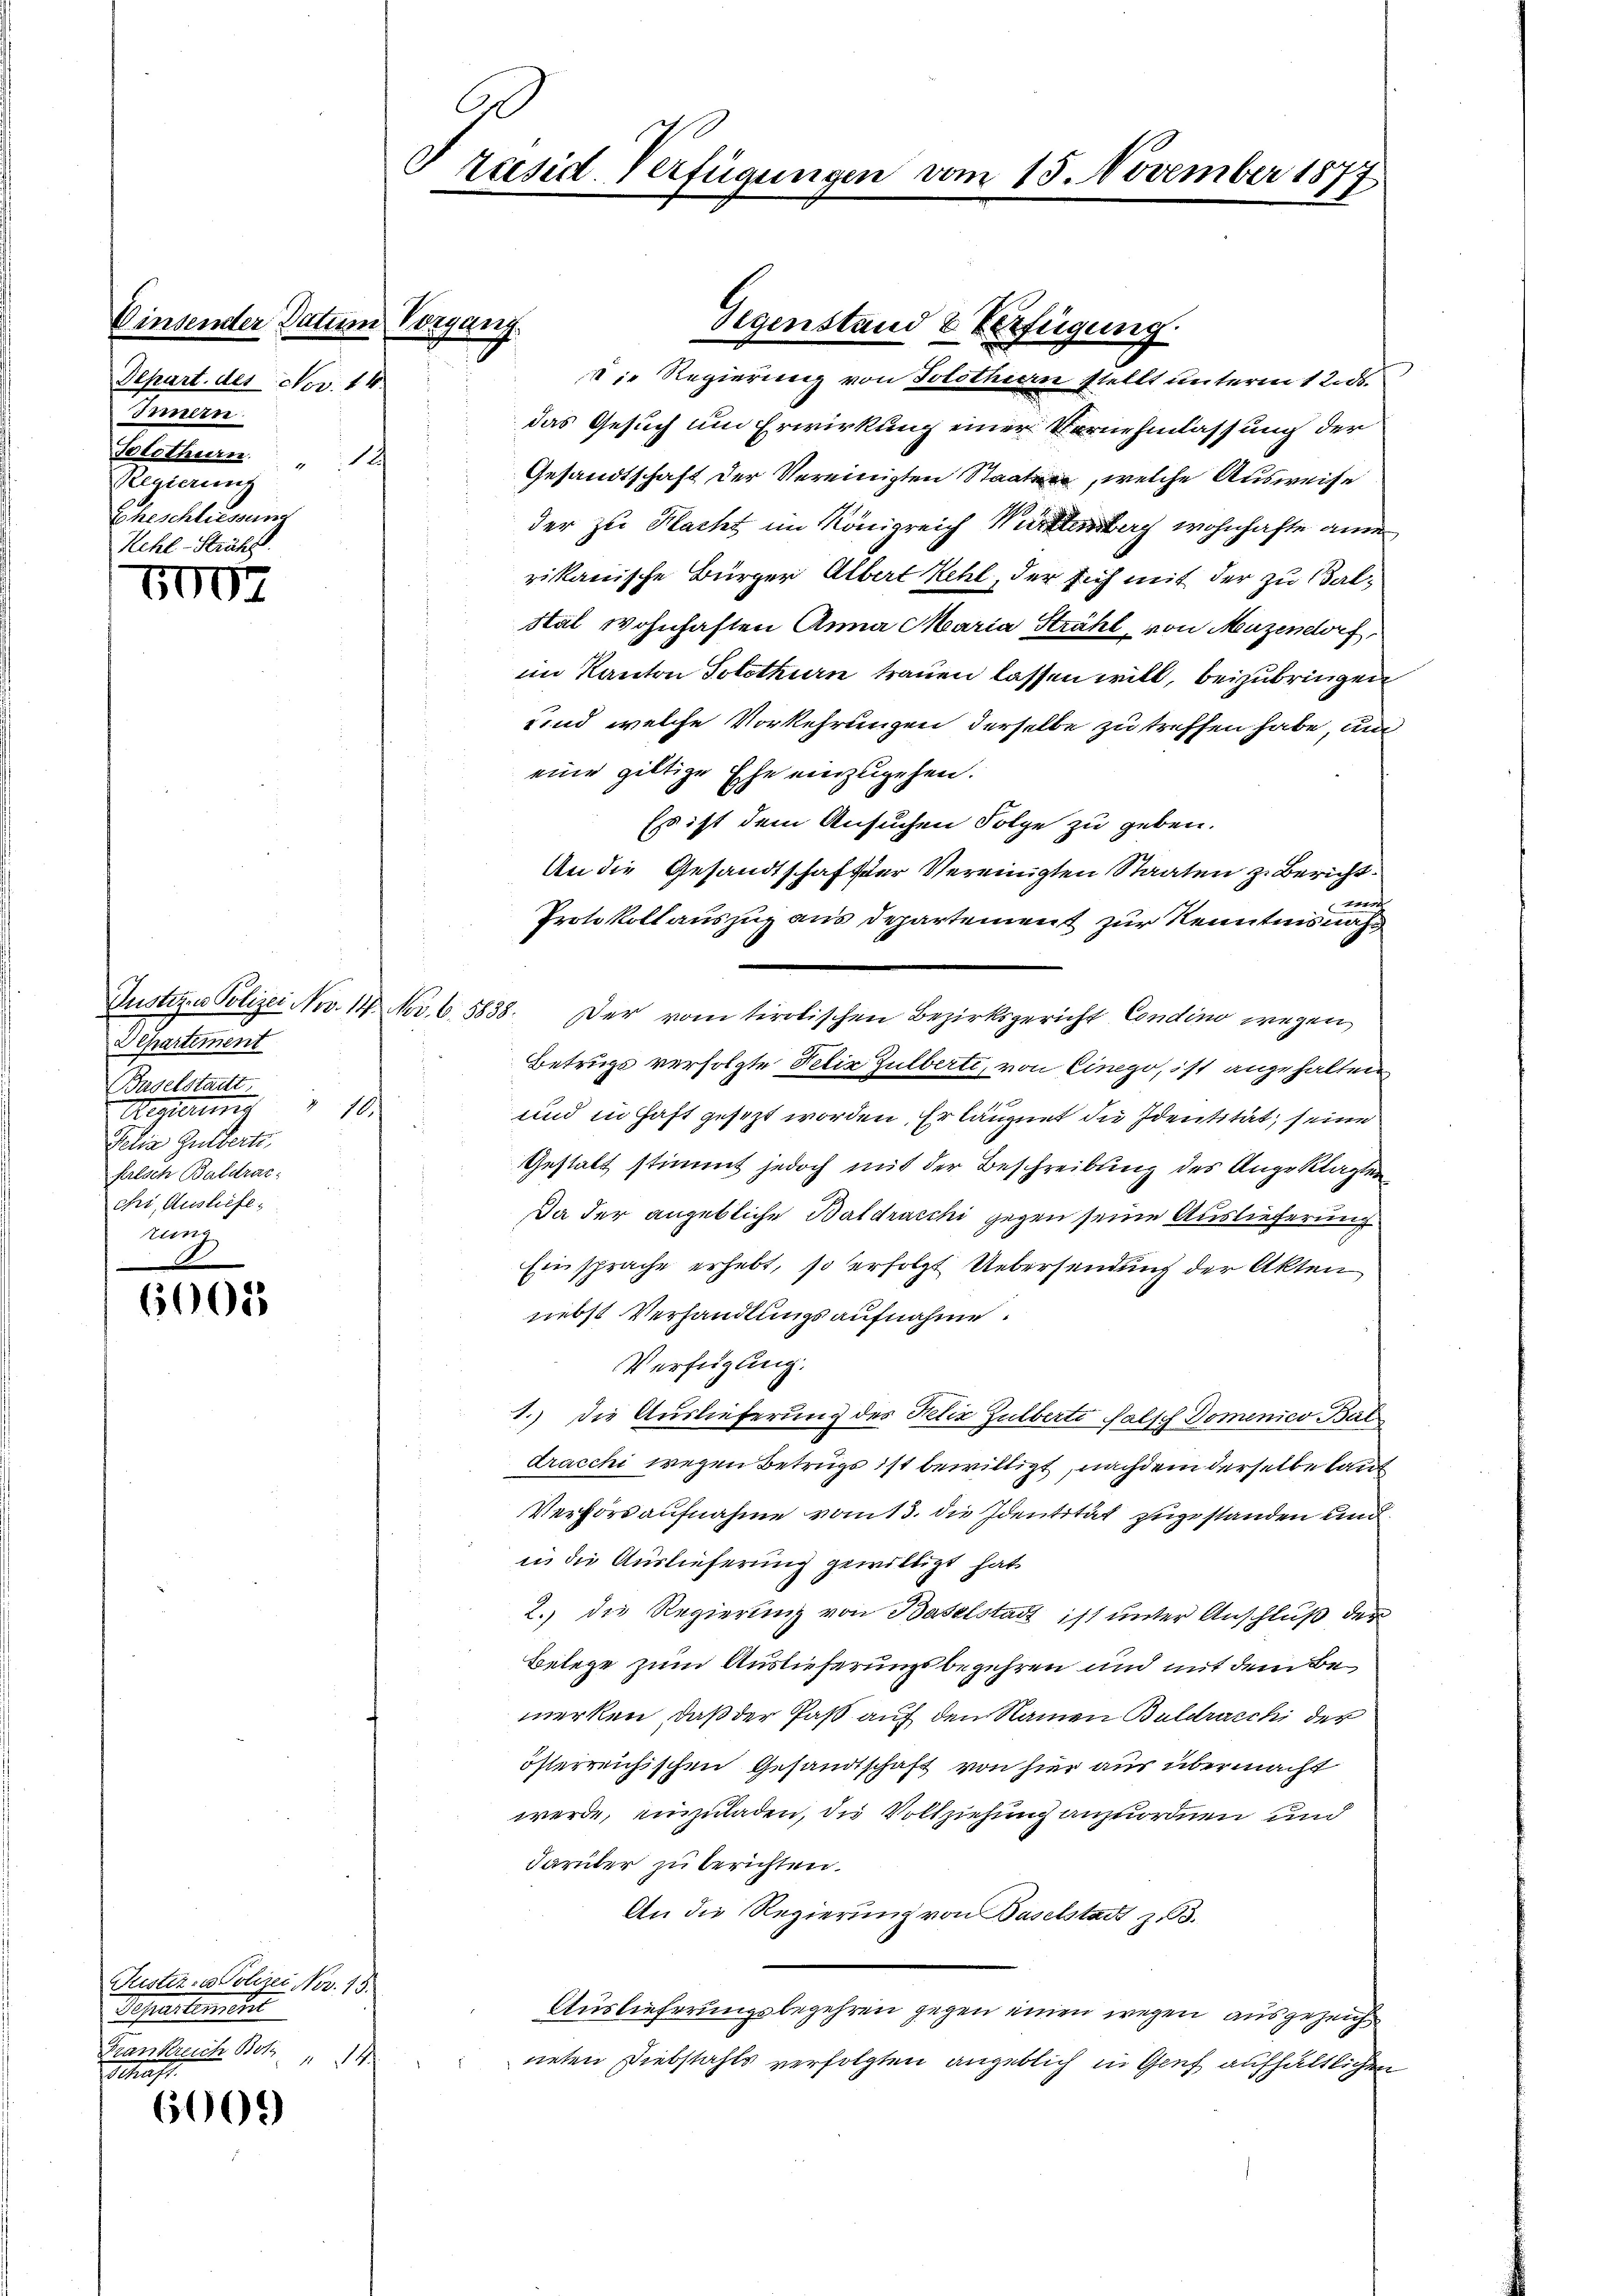
Einsender Datum Vorgang.
Depart. des Nov. 14.
Innern.
Solothurn.
Se
Regierung
Eheschliessung

5002

Departement
Baselstadt
1 11
Origierun
Felia Gulderte
falsch Baldrac
chi, Ausliefe,
ung

6003

Justiz- & Polizei Nov. 13.
Sepusometer
Frankreich Botz
14
Schaft.

6009

Präsid. Verfügungen vom 15. November 1877

C

Die Regierung von Solothurn stellt unterm 1 Red
das Gesuch um Erwirkung einer Vernehmlassung der
Gesandtschaft der Vereinigten Staat, welche Ausweise
der zu Macht im Königreich Mittenberg wohnhafte an
rikanische Bürger Albert Kehl, der sich mit der zu Bal¬
Stal wohnhaften Anna Maria Strahl von Muzendorf,
im Kanton Solothurn trauen lassen will, beizubringen
und welche Vorkehrungen derselbe zu treffen habe, un
eine giltige Ehe einzugehen.
Es ist dem Ansuchen Folge zu geben.
An die Gesandtschafter Vereinigten Staaten z. Bericht
t
Protokoll auszug aus departement zur Kenntnisnah¬
Dustiz. Polizei Nov. 14. Nov. 65838. Der vom tirolischen Bezirksgericht Condino wegen
Betrugs verfolgte Felix Zulberti, von Cinego, ist angehalten
und in Haft gesezt worden. Er läugnet die Identität, seine
Gestalt stimmt jedoch mit der Beschreibung des Angeklagten
Da der angebliche Baldracchi gegen seine Auslieferung
Einsprache erhebt, so erfolgt Uebersendung der Akten
nebst Verhandlungsaufnahme.
Verfügung.
1.) Die Auslieferung des Felix Zulberte falsch Domenico- Bal
dracchi wegen Betrugs ist bewilligt, nachdem derselbe lauf
Verkordaufnahme vom 13. die Identität zugestanden und
in die Auslieferung gewilligt hat
2.) die Regierung von Baselstadt ist unter Anschluß der
Belege zum Auslieferungsbegehren und mit dem Bemerken, daß der Paß auf den Namen Buldracchi der
österreichischen Gesandtschaft von hier aus übermacht
werde, einzuladen, die Vollziehung anzuordnen und
darüber zu berichten.
An die Regierung von Baselstadt z.
Auslieferungsbegehren gegen einen wegen ausgezeich
neten Diebstahls verfolgten angeblich in Genf aufhältlichen

Gegenstand & Verfügung.